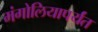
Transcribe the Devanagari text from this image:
मंगोलियापर्यंत